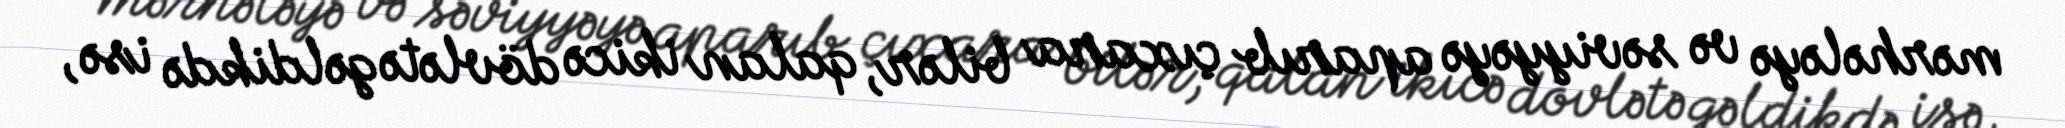
mərhələyə və səviyyəyə aparıb çıxara bilər, qalan ikicə dövlətə gəldikdə isə,